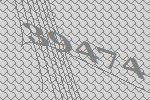
39474